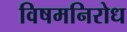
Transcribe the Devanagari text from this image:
विषमनिरोध